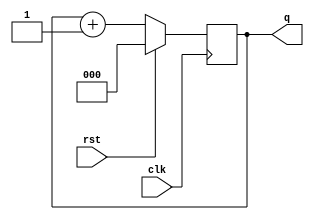
module counter(input clk, rst, output reg [2:0] q);
    always @(posedge clk) begin
        if (rst)
            q = 3'b000;
        else
            q = q+1;
    end
endmodule

module main;
reg clk;
reg rst;
wire [2:0] q;

counter DUT (.clk(clk), .rst(rst), .q(q));

initial
begin
  $monitor("%4dns monitor: q=%d", $stime, q);
  clk = 0;
  rst = 1;
  #100 rst = 0;
  #1000 $finish;
end

always #50 begin
  clk=clk+1; 
end

endmodule